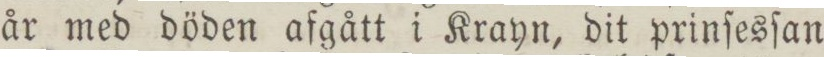
år med döden afgått i Krayn, dit prinſesſan